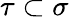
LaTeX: \tau\subset\sigma